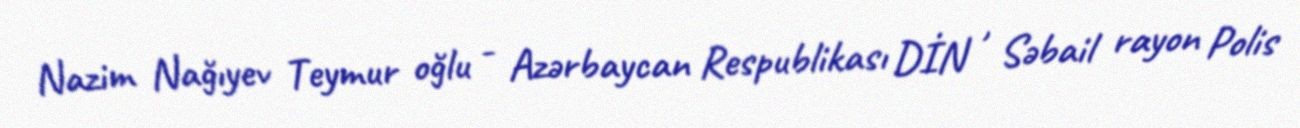
Nazim Nağıyev Teymur oğlu - Azərbaycan Respublikası DİN , Səbail rayon Polis